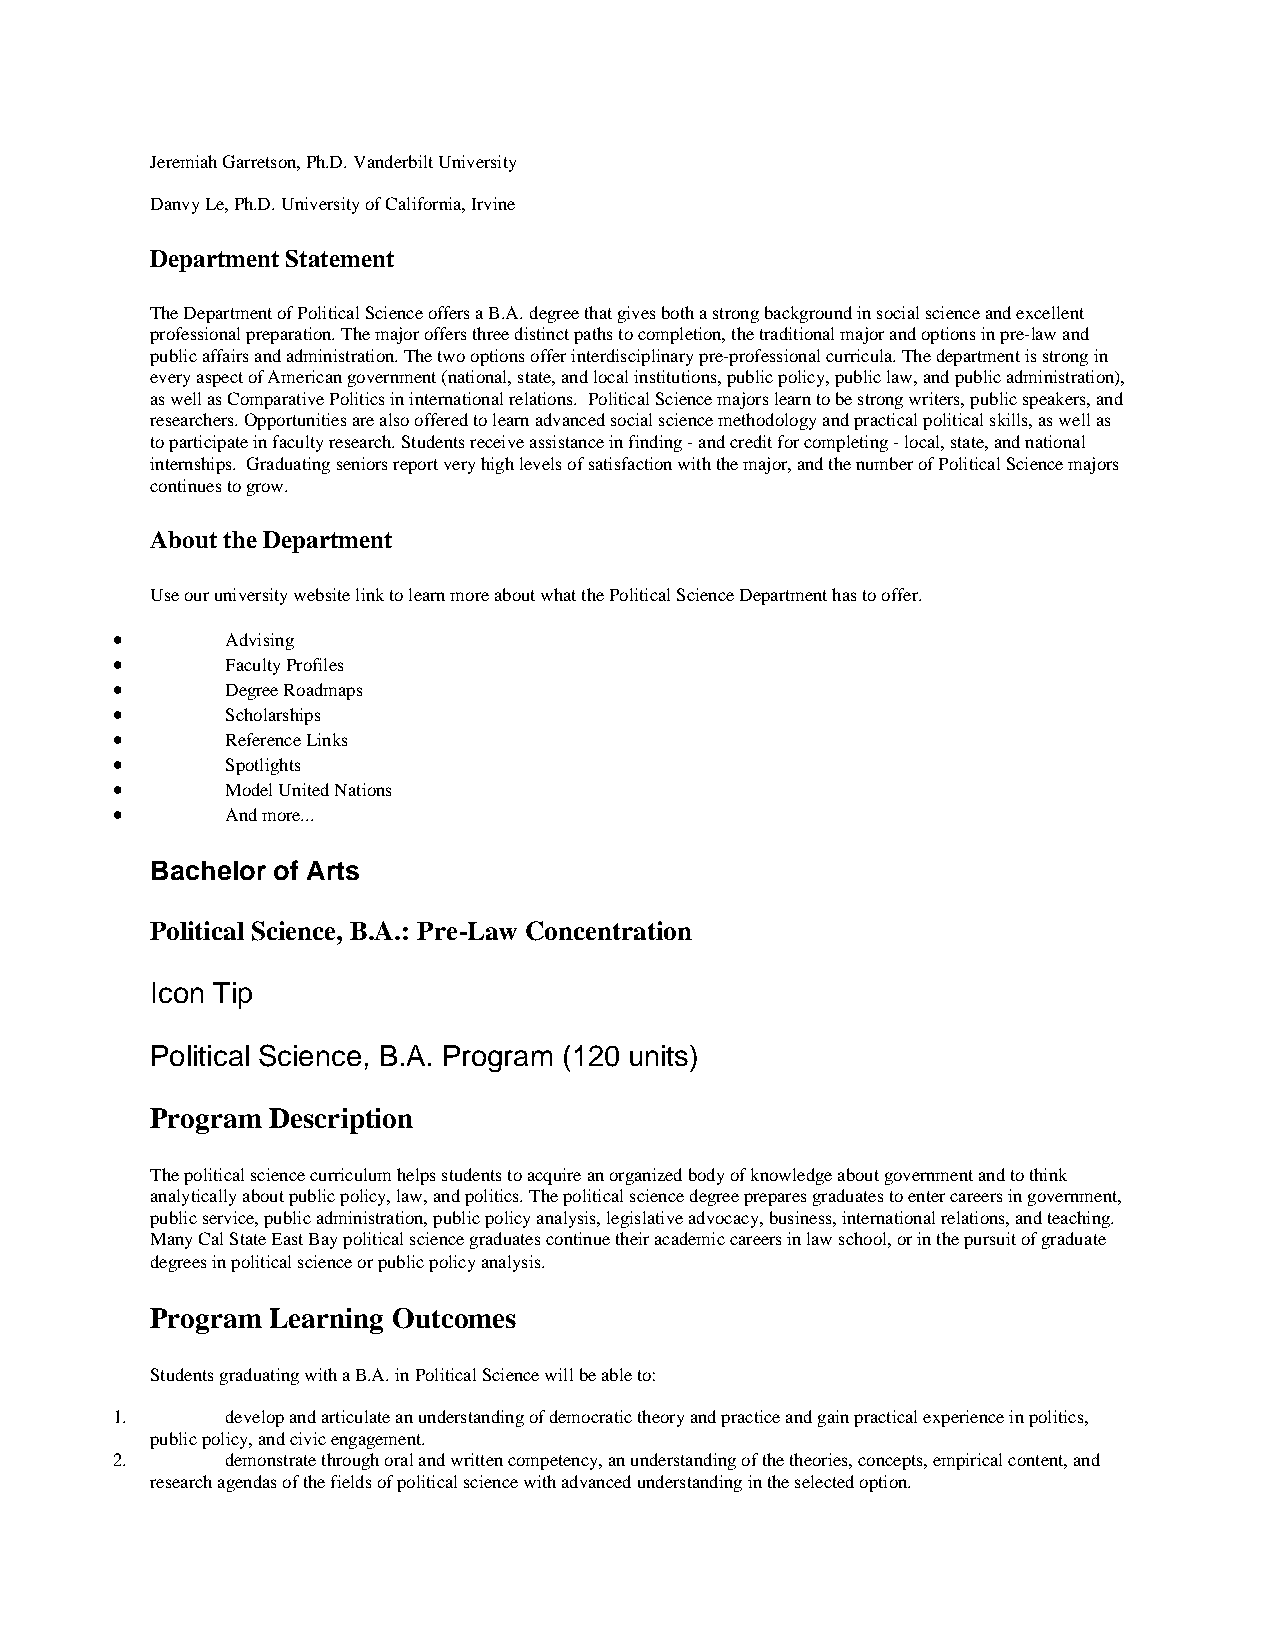
Jeremiah Garretson, Ph.D. Vanderbilt University
 Danvy Le, Ph.D. University of California, Irvine
 Department Statement
 The Department of Political Science offers a B.A. degree that gives both a strong background in social science and excellent
 professional preparation. The major offers three distinct paths to completion, the traditional major and options in pre-law and
 public affairs and administration. The two options offer interdisciplinary pre-professional curricula. The department is strong in
 every aspect of American government (national, state, and local institutions, public policy, public law, and public administration),
 as well as Comparative Politics in international relations. Political Science majors learn to be strong writers, public speakers, and
 researchers. Opportunities are also offered to learn advanced social science methodology and practical political skills, as well as
 to participate in faculty research. Students receive assistance in finding - and credit for completing - local, state, and national
 internships. Graduating seniors report very high levels of satisfaction with the major, and the number of Political Science majors
 continues to grow.
 About the Department
 Use our university website link to learn more about what the Political Science Department has to offer.
 •       Advising
 •       Faculty Profiles
 •       Degree Roadmaps
 •       Scholarships
 •       Reference Links
 •       Spotlights
 •       Model United Nations
 •       And more...
 Bachelor of Arts
 Political Science, B.A.: Pre-Law Concentration
 Icon Tip
 Political Science, B.A. Program (120 units)
 Program Description
 The political science curriculum helps students to acquire an organized body of knowledge about government and to think
 analytically about public policy, law, and politics. The political science degree prepares graduates to enter careers in government,
 public service, public administration, public policy analysis, legislative advocacy, business, international relations, and teaching.
 Many Cal State East Bay political science graduates continue their academic careers in law school, or in the pursuit of graduate
 degrees in political science or public policy analysis.
 Program Learning Outcomes
 Students graduating with a B.A. in Political Science will be able to:
 1.      develop and articulate an understanding of democratic theory and practice and gain practical experience in politics,
 public policy, and civic engagement.
 2.      demonstrate through oral and written competency, an understanding of the theories, concepts, empirical content, and
 research agendas of the fields of political science with advanced understanding in the selected option.